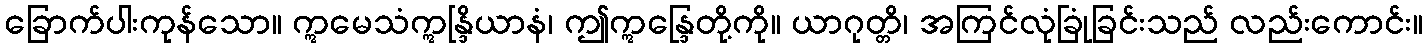
ခြောက်ပါးကုန်သော။ ဣမေသံဣန္ဒြိယာနံ၊ ဤဣန္ဒြေတို့ကို။ ယာဂုတ္တိ၊ အကြင်လုံခြုံခြင်းသည် လည်းကောင်း။